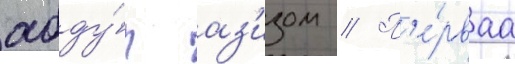
абду́л аз'изом // П'е́рваа